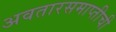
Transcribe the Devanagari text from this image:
अवतारसमाप्तीची